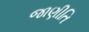
જાણીતિ